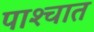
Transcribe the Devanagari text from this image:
पाश्‍चात